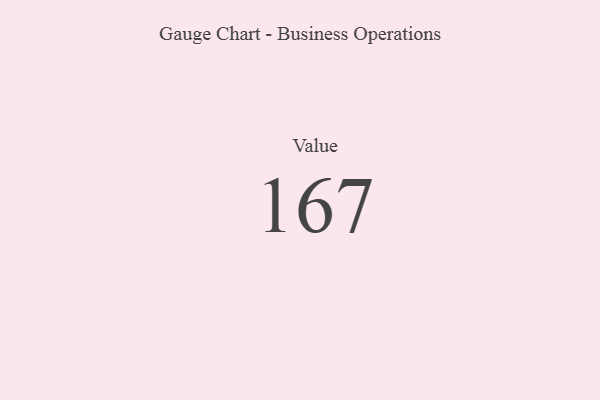
{"axis": {"x": "Metric", "y": "Value"}, "legend": [""], "data": [{"x": "Value", "y": 167, "type": ""}]}